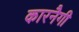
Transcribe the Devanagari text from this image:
कारनैगी